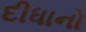
દીધાનો